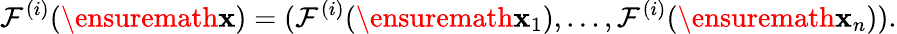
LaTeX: \mathcal F^{(i)}(\ensuremath{\mathbf{x}})=(\mathcal F^{(i)}(\ensuremath{\mathbf{x}}_{1}),\dots,\mathcal F^{(i)}(\ensuremath{\mathbf{x}}_{n})).